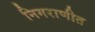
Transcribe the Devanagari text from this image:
निगराणीत